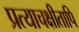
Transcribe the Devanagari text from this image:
प्रत्याचक्षीतापि